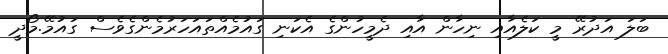
ބަލަ އަދުރޭ މީ ކަލެއާއި ނިހާން އާއި ދެމީހުންގެ އެކަނި ގައުމެއްތައަހަރުމެންގެވެސް ގައުމޭ.މޯދީ